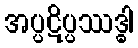
အပ္ပဋိပ္ပဿဒ္ဓါ